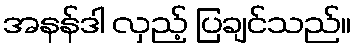
အနန်ဒါ လှည့် ပြချင်သည်။